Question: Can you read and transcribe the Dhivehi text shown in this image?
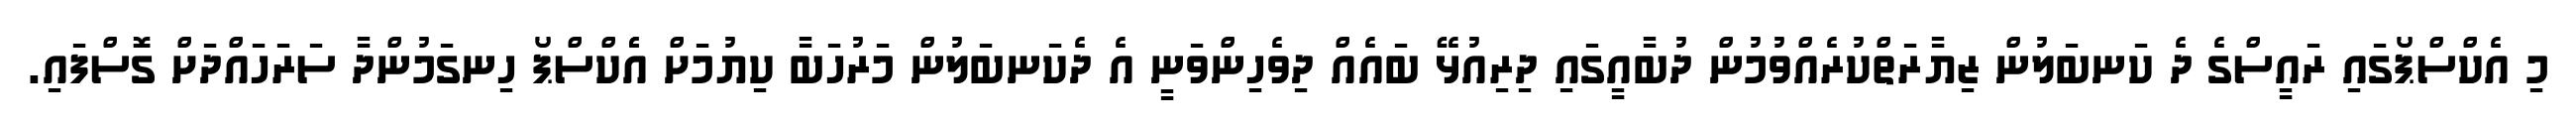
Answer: މި އެކްސްޕޯގައި ރައީސްގެ ދެ ކަނބަލުން ޒިޔާރަތްކުރެއްވުމުން ދުބާއީގައި ދިރިއުޅޭ ބައެއް ދިވެހިންވަނީ އެ ދެކަނބަލުން މަރުހަބާ ކިޔުމަށް އެެކްސްޕޯ ހިނގަމުންދާ ސަރަހައްދަށް ގޮސްފައި.